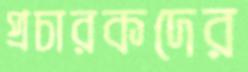
প্রচারকদের